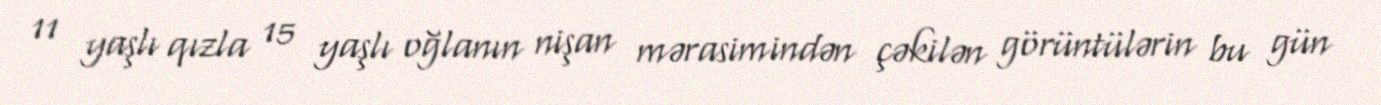
11 yaşlı qızla 15 yaşlı oğlanın nişan mərasimindən çəkilən görüntülərin bu gün